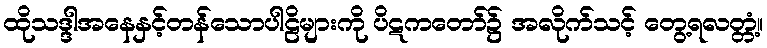
ထိုသဒ္ဒါအနေနှင့်တန်သောပါဠိများကို ပိဋကတော်၌ အလိုက်သင့် တွေ့ရလတ္တံ့။